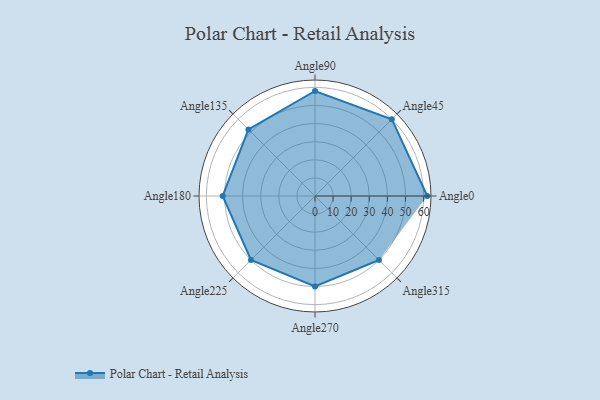
{"axis": {"x": "Angle", "y": "Radius"}, "legend": [""], "data": [{"x": "Angle0", "y": 62.0, "type": ""}, {"x": "Angle45", "y": 60.0, "type": ""}, {"x": "Angle90", "y": 58.0, "type": ""}, {"x": "Angle135", "y": 52.0, "type": ""}, {"x": "Angle180", "y": 51.0, "type": ""}, {"x": "Angle225", "y": 50.0, "type": ""}, {"x": "Angle270", "y": 50, "type": ""}, {"x": "Angle315", "y": 50, "type": ""}]}